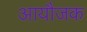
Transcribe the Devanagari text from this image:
आयौजक